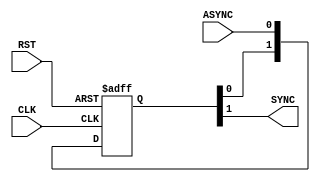
module BIT_SYNC #(
   parameter NUM_STAGES = 2 ,
             BUS_WIDTH = 1
)(
input    wire                      CLK,
input    wire                      RST,
input    wire    [BUS_WIDTH-1:0]   ASYNC,

output   reg     [BUS_WIDTH-1:0]   SYNC
);

reg   [NUM_STAGES-1:0] sync_reg [BUS_WIDTH-1:0] ;

integer  i ;
always @(posedge CLK or negedge RST) 
begin
    if (!RST) 
    begin
        for (i=0 ; i<BUS_WIDTH  ; i=i+1) 
        begin
            sync_reg[i] <= 'b0 ; 
        end
    end 
    else 
    begin
        for (i=0 ; i<BUS_WIDTH  ; i=i+1) 
        begin
            sync_reg[i] <= {sync_reg[i][NUM_STAGES-2:0] , ASYNC[i]} ;
        end
    end
end
    
always @(*)
 begin
  for (i=0 ; i<BUS_WIDTH  ; i=i+1)
    SYNC[i] = sync_reg[i][NUM_STAGES-1] ; 
 end  


endmodule